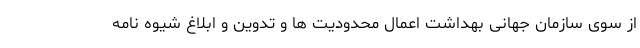
از سوی سازمان جهانی بهداشت اعمال محدودیت ها و تدوین و ابلاغ شیوه نامه